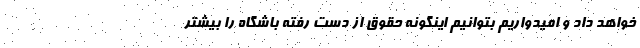
خواهد داد و امیدواریم بتوانیم اینگونه حقوق از دست رفته باشگاه را بیشتر